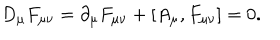
D _ { \mu } F _ { \mu \nu } = \partial _ { \mu } F _ { \mu \nu } + [ A _ { \mu } , F _ { \mu \nu } ] = 0 .